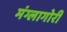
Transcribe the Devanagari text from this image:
मंग्लागोरी